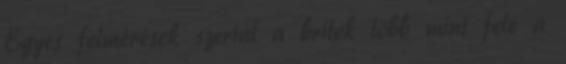
Egyes felmérések szerint a britek több mint fele a